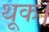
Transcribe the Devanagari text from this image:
थूक।